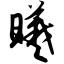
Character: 曦